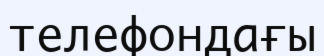
телефондағы